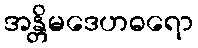
အန္တိမဒေဟဓရော